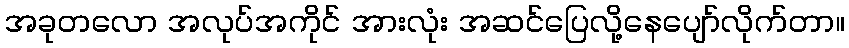
အခုတလော အလုပ်အကိုင် အားလုံး အဆင်ပြေလို့နေပျော်လိုက်တာ။